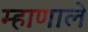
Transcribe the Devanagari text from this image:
म्हाणाले